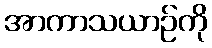
အာကာသယာဉ်ကို